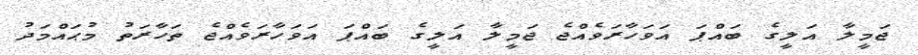
ޖަމީލާ އަލީގެ ބައްޕަ އަވަހާރަވެއްޖެ ޖަމީލާ އަލީގެ ބައްޕަ އަވަހާރަވެއްޖެ ތަހާރަތު މުޙައްމަދު